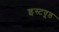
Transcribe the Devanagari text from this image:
इस्टवूड